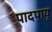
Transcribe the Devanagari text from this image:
पादपायू